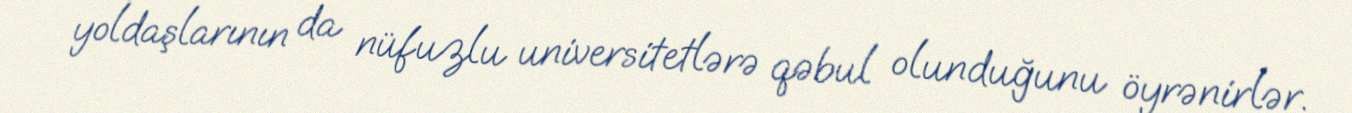
yoldaşlarının da nüfuzlu universitetlərə qəbul olunduğunu öyrənirlər.